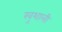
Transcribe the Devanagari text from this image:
खुशाली